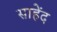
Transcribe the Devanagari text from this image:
साहेंद